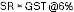
SR = GST @6%